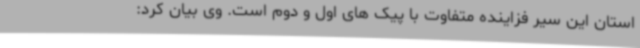
استان این سیر فزاینده متفاوت با پیک های اول و دوم است. وی بیان کرد: